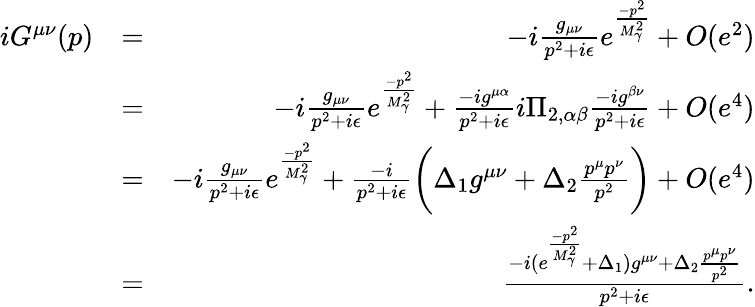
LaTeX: \begin{array}{rlr}{iG^{\mu\nu}(p)}&{=}&{-i\frac{g_{\mu\nu}}{p^{2}+i\epsilon}e^{\frac{-p^{2}}{M_{\gamma}^{2}}}+O(e^{2})}\\ &{=}&{-i\frac{g_{\mu\nu}}{p^{2}+i\epsilon}e^{\frac{-p^{2}}{M_{\gamma}^{2}}}+\frac{-ig^{\mu\alpha}}{p^{2}+i\epsilon}i\Pi_{2,\alpha\beta}\frac{-ig^{\beta\nu}}{p^{2}+i\epsilon}+O(e^{4})}\\ &{=}&{-i\frac{g_{\mu\nu}}{p^{2}+i\epsilon}e^{\frac{-p^{2}}{M_{\gamma}^{2}}}+\frac{-i}{p^{2}+i\epsilon}\biggl(\Delta_{1}g^{\mu\nu}+\Delta_{2}\frac{p^{\mu}p^{\nu}}{p^{2}}\biggr)+O(e^{4})}\\ &{=}&{\frac{-i(e^{\frac{-p^{2}}{M_{\gamma}^{2}}}+\Delta_{1})g^{\mu\nu}+\Delta_{2}\frac{p^{\mu}p^{\nu}}{p^{2}}}{p^{2}+i\epsilon}.}\end{array}